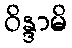
ဝိန္ဒာမိ